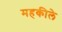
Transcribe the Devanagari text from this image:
महकीले